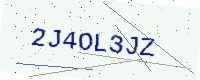
Text: 2J4OL3JZ